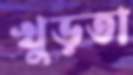
খুড়তা